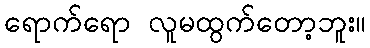
ရောက်ရော လူမထွက်တော့ဘူး။